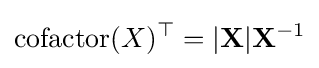
\operatorname {cofactor} (X)^{\top }=|\mathbf {X} |\mathbf {X} ^{-1}